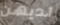
لديهن